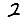
Digit: 2